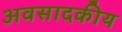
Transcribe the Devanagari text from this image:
अवसादकीय